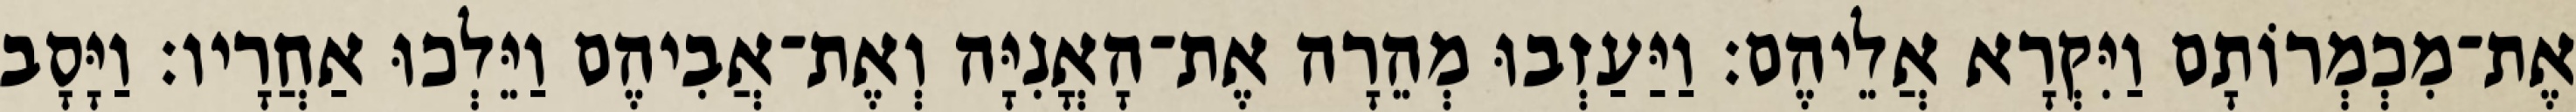
אֶת־מִכְמְרוֹתָם וַיִּקְרָא אֲלֵיהֶם׃ וַיַּעַזְבוּ מְהֵרָה אֶת־הָאֳנִיָּה וְאֶת־אֲבִיהֶם וַיֵּלְכוּ אַחֲרָיו׃ וַיָּסָב